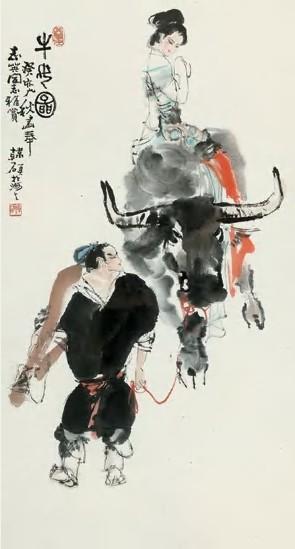
二秋叶神媛，七夕望仙妃。